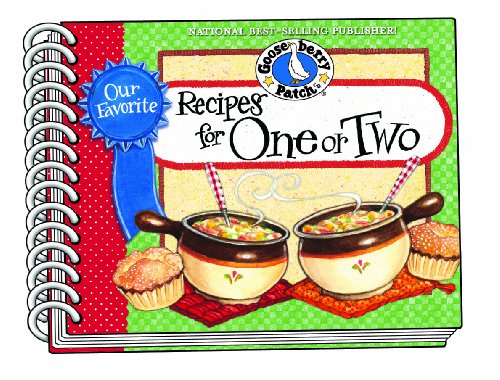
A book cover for Our Favorite Recipes for One or Two (Our Favorite Recipes Collection); Gooseberry Patch; Cookbooks, Food & Wine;